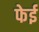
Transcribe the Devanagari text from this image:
फेई